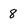
Character: 8